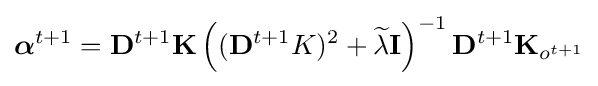
{\boldsymbol {\alpha }}^{t+1}=\mathbf {D} ^{t+1}\mathbf {K} \left((\mathbf {D} ^{t+1}K)^{2}+{\widetilde {\lambda }}\mathbf {I} \right)^{-1}\mathbf {D} ^{t+1}\mathbf {K} _{o^{t+1}}